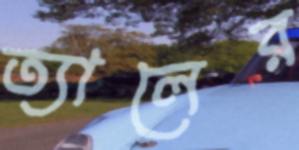
ত্যালের